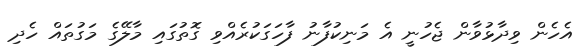
އެހެން ވިދާޅުވާން ޖެހުނީ އެ މަނިކުފާނު ފާހަގަކުރެއްވި ގޮތުގައި މާލޭގެ މަގުތައް ހެދި